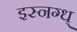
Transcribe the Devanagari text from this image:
इस्नग्ध्